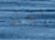
إيجاد